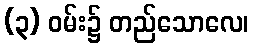
(၃) ဝမ်း၌ တည်သောလေ၊